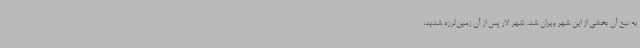
به تبع آن بخشی از این شهر ویران شد. شهر لار پس از آن زمین‌لرزه شدید،